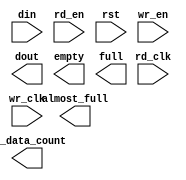
module async_fifo_256x72_to_36(
	din,
	rd_clk,
	rd_en,
	rst,
	wr_clk,
	wr_en,
	almost_full,
	dout,
	empty,
	full,
	rd_data_count);


input [71 : 0] din;
input rd_clk;
input rd_en;
input rst;
input wr_clk;
input wr_en;
output almost_full;
output [35 : 0] dout;
output empty;
output full;
output [6 : 0] rd_data_count;

// synthesis translate_off

      FIFO_GENERATOR_V4_2 #(
		.C_COMMON_CLOCK(0),
		.C_COUNT_TYPE(0),
		.C_DATA_COUNT_WIDTH(9),
		.C_DEFAULT_VALUE("BlankString"),
		.C_DIN_WIDTH(72),
		.C_DOUT_RST_VAL("0"),
		.C_DOUT_WIDTH(36),
		.C_ENABLE_RLOCS(0),
		.C_FAMILY("virtex2p"),
		.C_FULL_FLAGS_RST_VAL(1),
		.C_HAS_ALMOST_EMPTY(0),
		.C_HAS_ALMOST_FULL(1),
		.C_HAS_BACKUP(0),
		.C_HAS_DATA_COUNT(0),
		.C_HAS_INT_CLK(0),
		.C_HAS_MEMINIT_FILE(0),
		.C_HAS_OVERFLOW(0),
		.C_HAS_RD_DATA_COUNT(1),
		.C_HAS_RD_RST(0),
		.C_HAS_RST(1),
		.C_HAS_SRST(0),
		.C_HAS_UNDERFLOW(0),
		.C_HAS_VALID(0),
		.C_HAS_WR_ACK(0),
		.C_HAS_WR_DATA_COUNT(0),
		.C_HAS_WR_RST(0),
		.C_IMPLEMENTATION_TYPE(2),
		.C_INIT_WR_PNTR_VAL(0),
		.C_MEMORY_TYPE(1),
		.C_MIF_FILE_NAME("BlankString"),
		.C_OPTIMIZATION_MODE(0),
		.C_OVERFLOW_LOW(0),
		.C_PRELOAD_LATENCY(0),
		.C_PRELOAD_REGS(1),
		.C_PRIM_FIFO_TYPE("512x72"),
		.C_PROG_EMPTY_THRESH_ASSERT_VAL(4),
		.C_PROG_EMPTY_THRESH_NEGATE_VAL(5),
		.C_PROG_EMPTY_TYPE(0),
		.C_PROG_FULL_THRESH_ASSERT_VAL(253),
		.C_PROG_FULL_THRESH_NEGATE_VAL(252),
		.C_PROG_FULL_TYPE(0),
		.C_RD_DATA_COUNT_WIDTH(7),
		.C_RD_DEPTH(512),
		.C_RD_FREQ(100),
		.C_RD_PNTR_WIDTH(9),
		.C_UNDERFLOW_LOW(0),
		.C_USE_DOUT_RST(1),
		.C_USE_ECC(0),
		.C_USE_EMBEDDED_REG(0),
		.C_USE_FIFO16_FLAGS(0),
		.C_USE_FWFT_DATA_COUNT(1),
		.C_VALID_LOW(0),
		.C_WR_ACK_LOW(0),
		.C_WR_DATA_COUNT_WIDTH(7),
		.C_WR_DEPTH(256),
		.C_WR_FREQ(100),
		.C_WR_PNTR_WIDTH(8),
		.C_WR_RESPONSE_LATENCY(1))
	inst (
		.DIN(din),
		.RD_CLK(rd_clk),
		.RD_EN(rd_en),
		.RST(rst),
		.WR_CLK(wr_clk),
		.WR_EN(wr_en),
		.ALMOST_FULL(almost_full),
		.DOUT(dout),
		.EMPTY(empty),
		.FULL(full),
		.RD_DATA_COUNT(rd_data_count),
		.CLK(),
		.INT_CLK(),
		.BACKUP(),
		.BACKUP_MARKER(),
		.PROG_EMPTY_THRESH(),
		.PROG_EMPTY_THRESH_ASSERT(),
		.PROG_EMPTY_THRESH_NEGATE(),
		.PROG_FULL_THRESH(),
		.PROG_FULL_THRESH_ASSERT(),
		.PROG_FULL_THRESH_NEGATE(),
		.RD_RST(),
		.SRST(),
		.WR_RST(),
		.ALMOST_EMPTY(),
		.DATA_COUNT(),
		.OVERFLOW(),
		.PROG_EMPTY(),
		.PROG_FULL(),
		.VALID(),
		.UNDERFLOW(),
		.WR_ACK(),
		.WR_DATA_COUNT(),
		.SBITERR(),
		.DBITERR());


// synthesis translate_on

endmodule